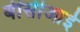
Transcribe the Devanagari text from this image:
बीसीआई